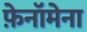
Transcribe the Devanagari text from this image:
फ़ेनॉमेना